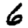
Digit: 6